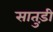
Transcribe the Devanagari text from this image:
सातुड़ी